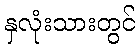
နှလုံးသားတွင်